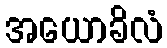
အယောခိလံ